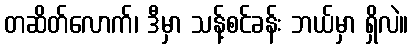
တဆိတ်လောက်၊ ဒီမှာ သန့်စင်ခန်း ဘယ်မှာ ရှိလဲ။